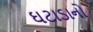
ઘટાડાનો